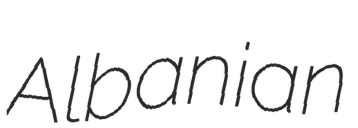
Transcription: Albanian